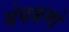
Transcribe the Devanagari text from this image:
मेघकणों